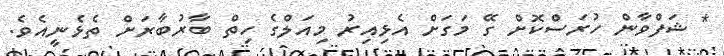
* ޝަފްވާން ހުރަސްކޮށް ގޭ މަގަށް އެޅިއިރު މިއަލްގެ ހިތް ބާރުބާރަށް ތެޅެނީއެވެ.